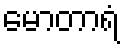
မောတာရံ